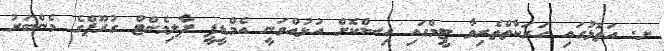
ށ. އަތޮޅުގައި ހަރަކާތްތެރިވާ ޓީމްގައި އިސްކޮށް އުޅުއްވަނީ އެމްޑީޕީ ޕާލިމެންޓް ގުރޫޕްގެ މެންބަރު